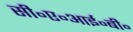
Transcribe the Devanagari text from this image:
सी॰ए॰आई॰बी॰